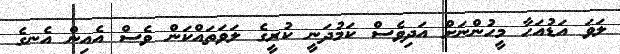
ލަވަ އަޑުއަހާ މީހުންނަށް އަދިވެސް ކަމުދަނީ ކުރީގެ ލަވަތައްކަން ވެސް އެއިން އެނގެ